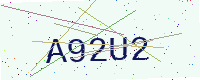
Text: A92U2